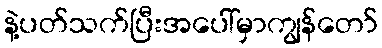
နဲ့ပတ်သက်ပြီးအပေါ်မှာကျွန်တော်